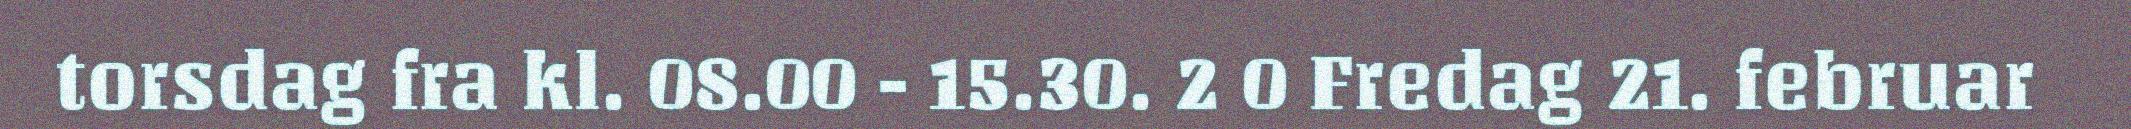
torsdag fra kl. 08.00 - 15.30. 2 0 Fredag 21. februar